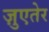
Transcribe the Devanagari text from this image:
ज़ुएतेर